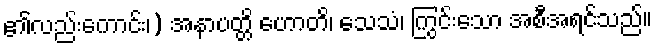
၏လည်းကောင်း၊) အနာပတ္တိ ဟောတိ၊ သေသံ၊ ကြွင်းသော အစီအရင်သည်။